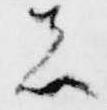
者